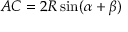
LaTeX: A C = 2 R \sin ( \alpha + \beta )